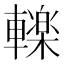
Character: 𮝩